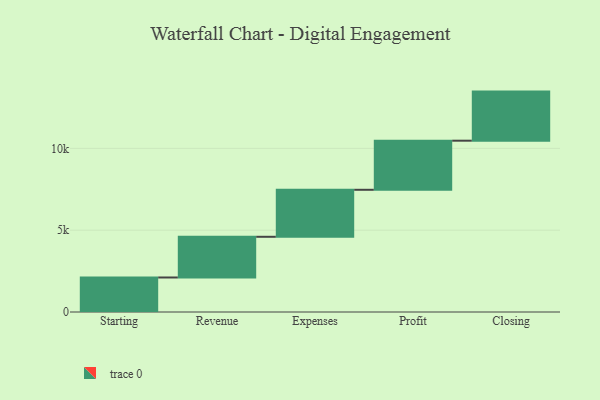
{"axis": {"x": "Step", "y": "Value"}, "legend": [""], "data": [{"x": "Starting", "y": 2109.0, "type": ""}, {"x": "Revenue", "y": 2487.0, "type": ""}, {"x": "Expenses", "y": 2872.0, "type": ""}, {"x": "Profit", "y": 3000, "type": ""}, {"x": "Closing", "y": 3000, "type": ""}]}